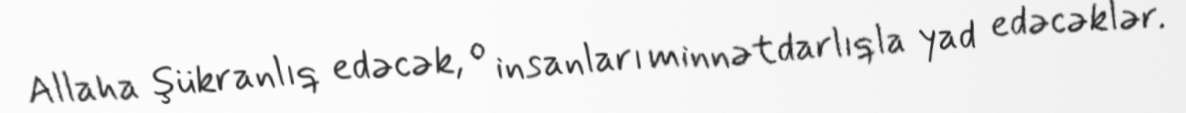
Allaha şükranlıq edəcək, o insanları minnətdarlıqla yad edəcəklər.